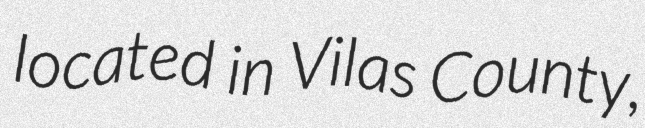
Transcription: located in Vilas County,